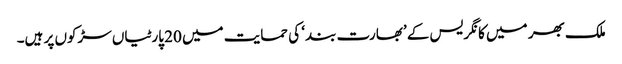
ملک بھر میں کانگریس کے ’بھارت بند‘ کی حمایت میں 20 پارٹیاں سڑکوں پر ہیں۔